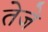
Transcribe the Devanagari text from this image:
तेजे